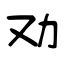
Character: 劝